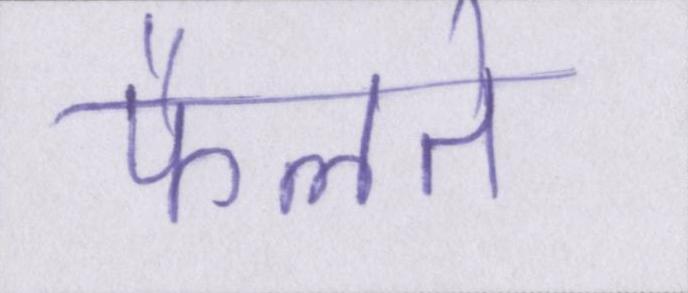
फैलते